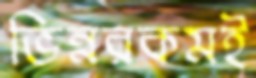
ভিন্নরকমই